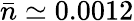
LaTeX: {\bar{n}}\simeq 0.0012